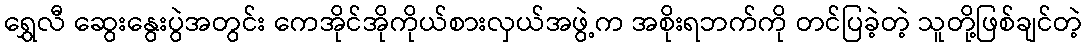
ရွှေလီ ဆွေးနွေးပွဲအတွင်း ကေအိုင်အိုကိုယ်စားလှယ်အဖွဲ့က အစိုးရဘက်ကို တင်ပြခဲ့တဲ့ သူတို့ဖြစ်ချင်တဲ့